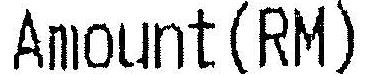
AMOUNT(RM)